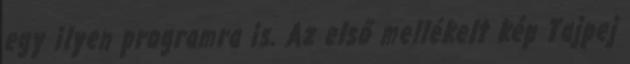
egy ilyen programra is. Az első mellékelt kép Tajpej